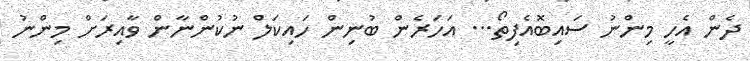
ދެން އެހީ މިންނު ސައިބޮއެފިތޯ... އަހަރެން ބުނިން ހައިކަލް ނުކުންނާން ވާއިރަށް މިންނު